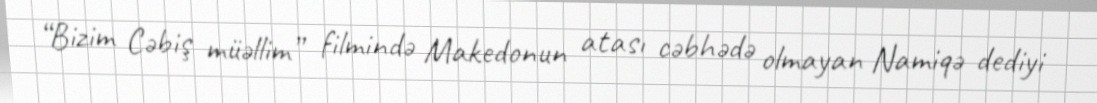
“Bizim Cəbiş müəllim” filmində Makedonun atası cəbhədə olmayan Namiqə dediyi